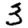
Digit: 3